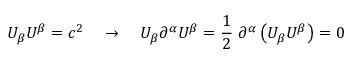
U _ { \beta } U ^ { \beta } = c ^ { 2 } \quad \rightarrow \quad U _ { \beta } \partial ^ { \alpha } U ^ { \beta } = \frac { 1 } { 2 } \; \partial ^ { \alpha } \left( U _ { \beta } U ^ { \beta } \right) = 0